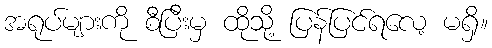
အရုပ်များကို စီပြီးမှ ထိုသို့ ပြန်ပြင်ရလေ့ မရှိ။